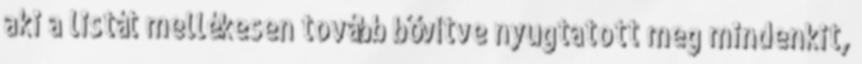
aki a listát mellékesen tovább bővítve nyugtatott meg mindenkit,